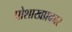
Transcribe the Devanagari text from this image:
पोशाखप्रकार